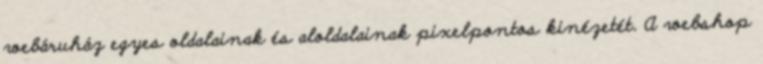
webáruház egyes oldalainak és aloldalainak pixelpontos kinézetét. A webshop